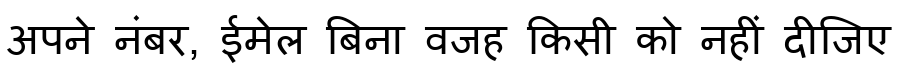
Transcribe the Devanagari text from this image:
अपने नंबर, ईमेल बिना वजह किसी को नहीं दीजिए